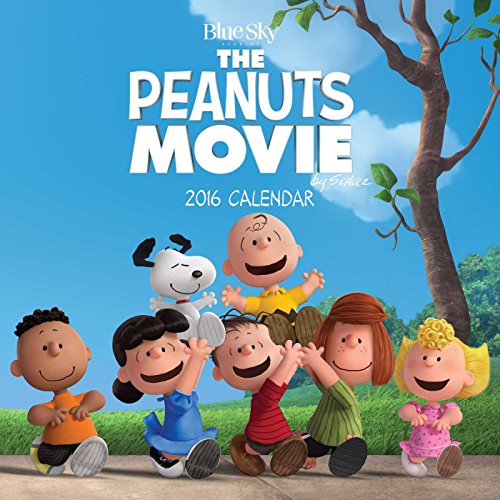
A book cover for The Peanuts Movie 2016 Wall Calendar; Peanuts Worldwide LLC; Calendars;